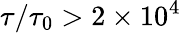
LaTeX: \tau/\tau_{0}>2\times 10^{4}